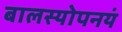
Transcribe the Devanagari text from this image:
बालस्योपनयं